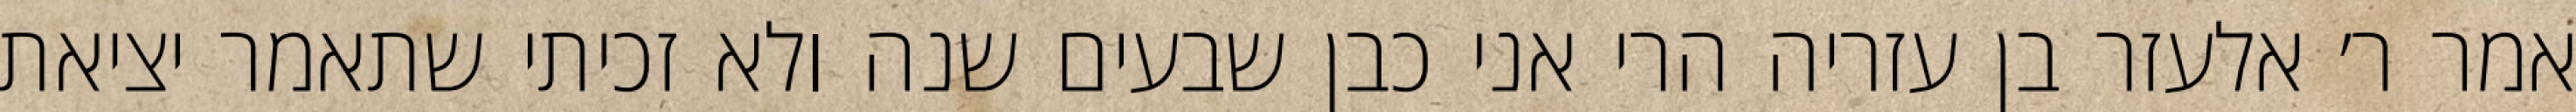
אמר ר׳ אלעזר בן עזריה הרי אני כבן שבעים שנה ולא זכיתי שתאמר יציאת